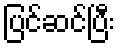
ပြင်ဆင်ပြီး